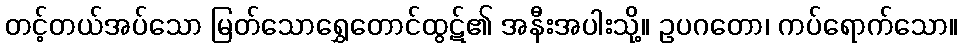
တင့်တယ်အပ်သော မြတ်သောရွှေတောင်ထွဋ်၏ အနီးအပါးသို့။ ဥပဂတော၊ ကပ်ရောက်သော။